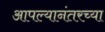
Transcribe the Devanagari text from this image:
आपल्यानंतरच्या